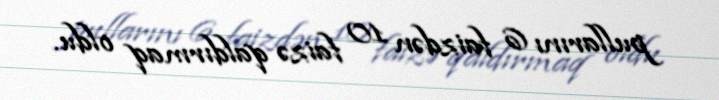
pullarını 6 faizdən 10 faizə qaldırmaq oldu.